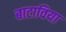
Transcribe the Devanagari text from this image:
बाटाविया